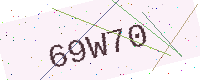
Text: 69W70